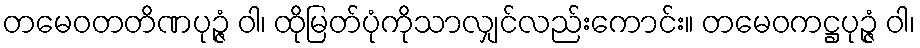
တမေဝတတိဏပုဉ္ဇံ ဝါ၊ ထိုမြတ်ပုံကိုသာလျှင်လည်းကောင်း။ တမေဝကဋ္ဌပုဉ္ဇံ ဝါ၊